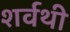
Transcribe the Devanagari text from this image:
शर्वथी